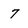
Character: 7